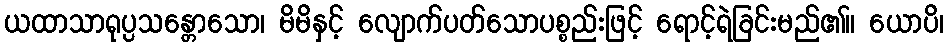
ယထာသာရုပ္ပသန္တောသော၊ မိမိနှင့် လျောက်ပတ်သောပစ္စည်းဖြင့် ရောင့်ရဲခြင်းမည်၏။ ယောပိ၊